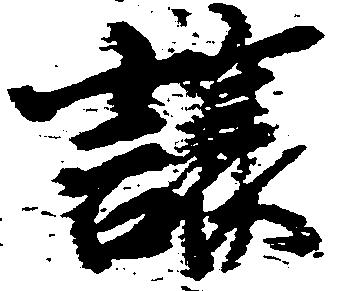
譲